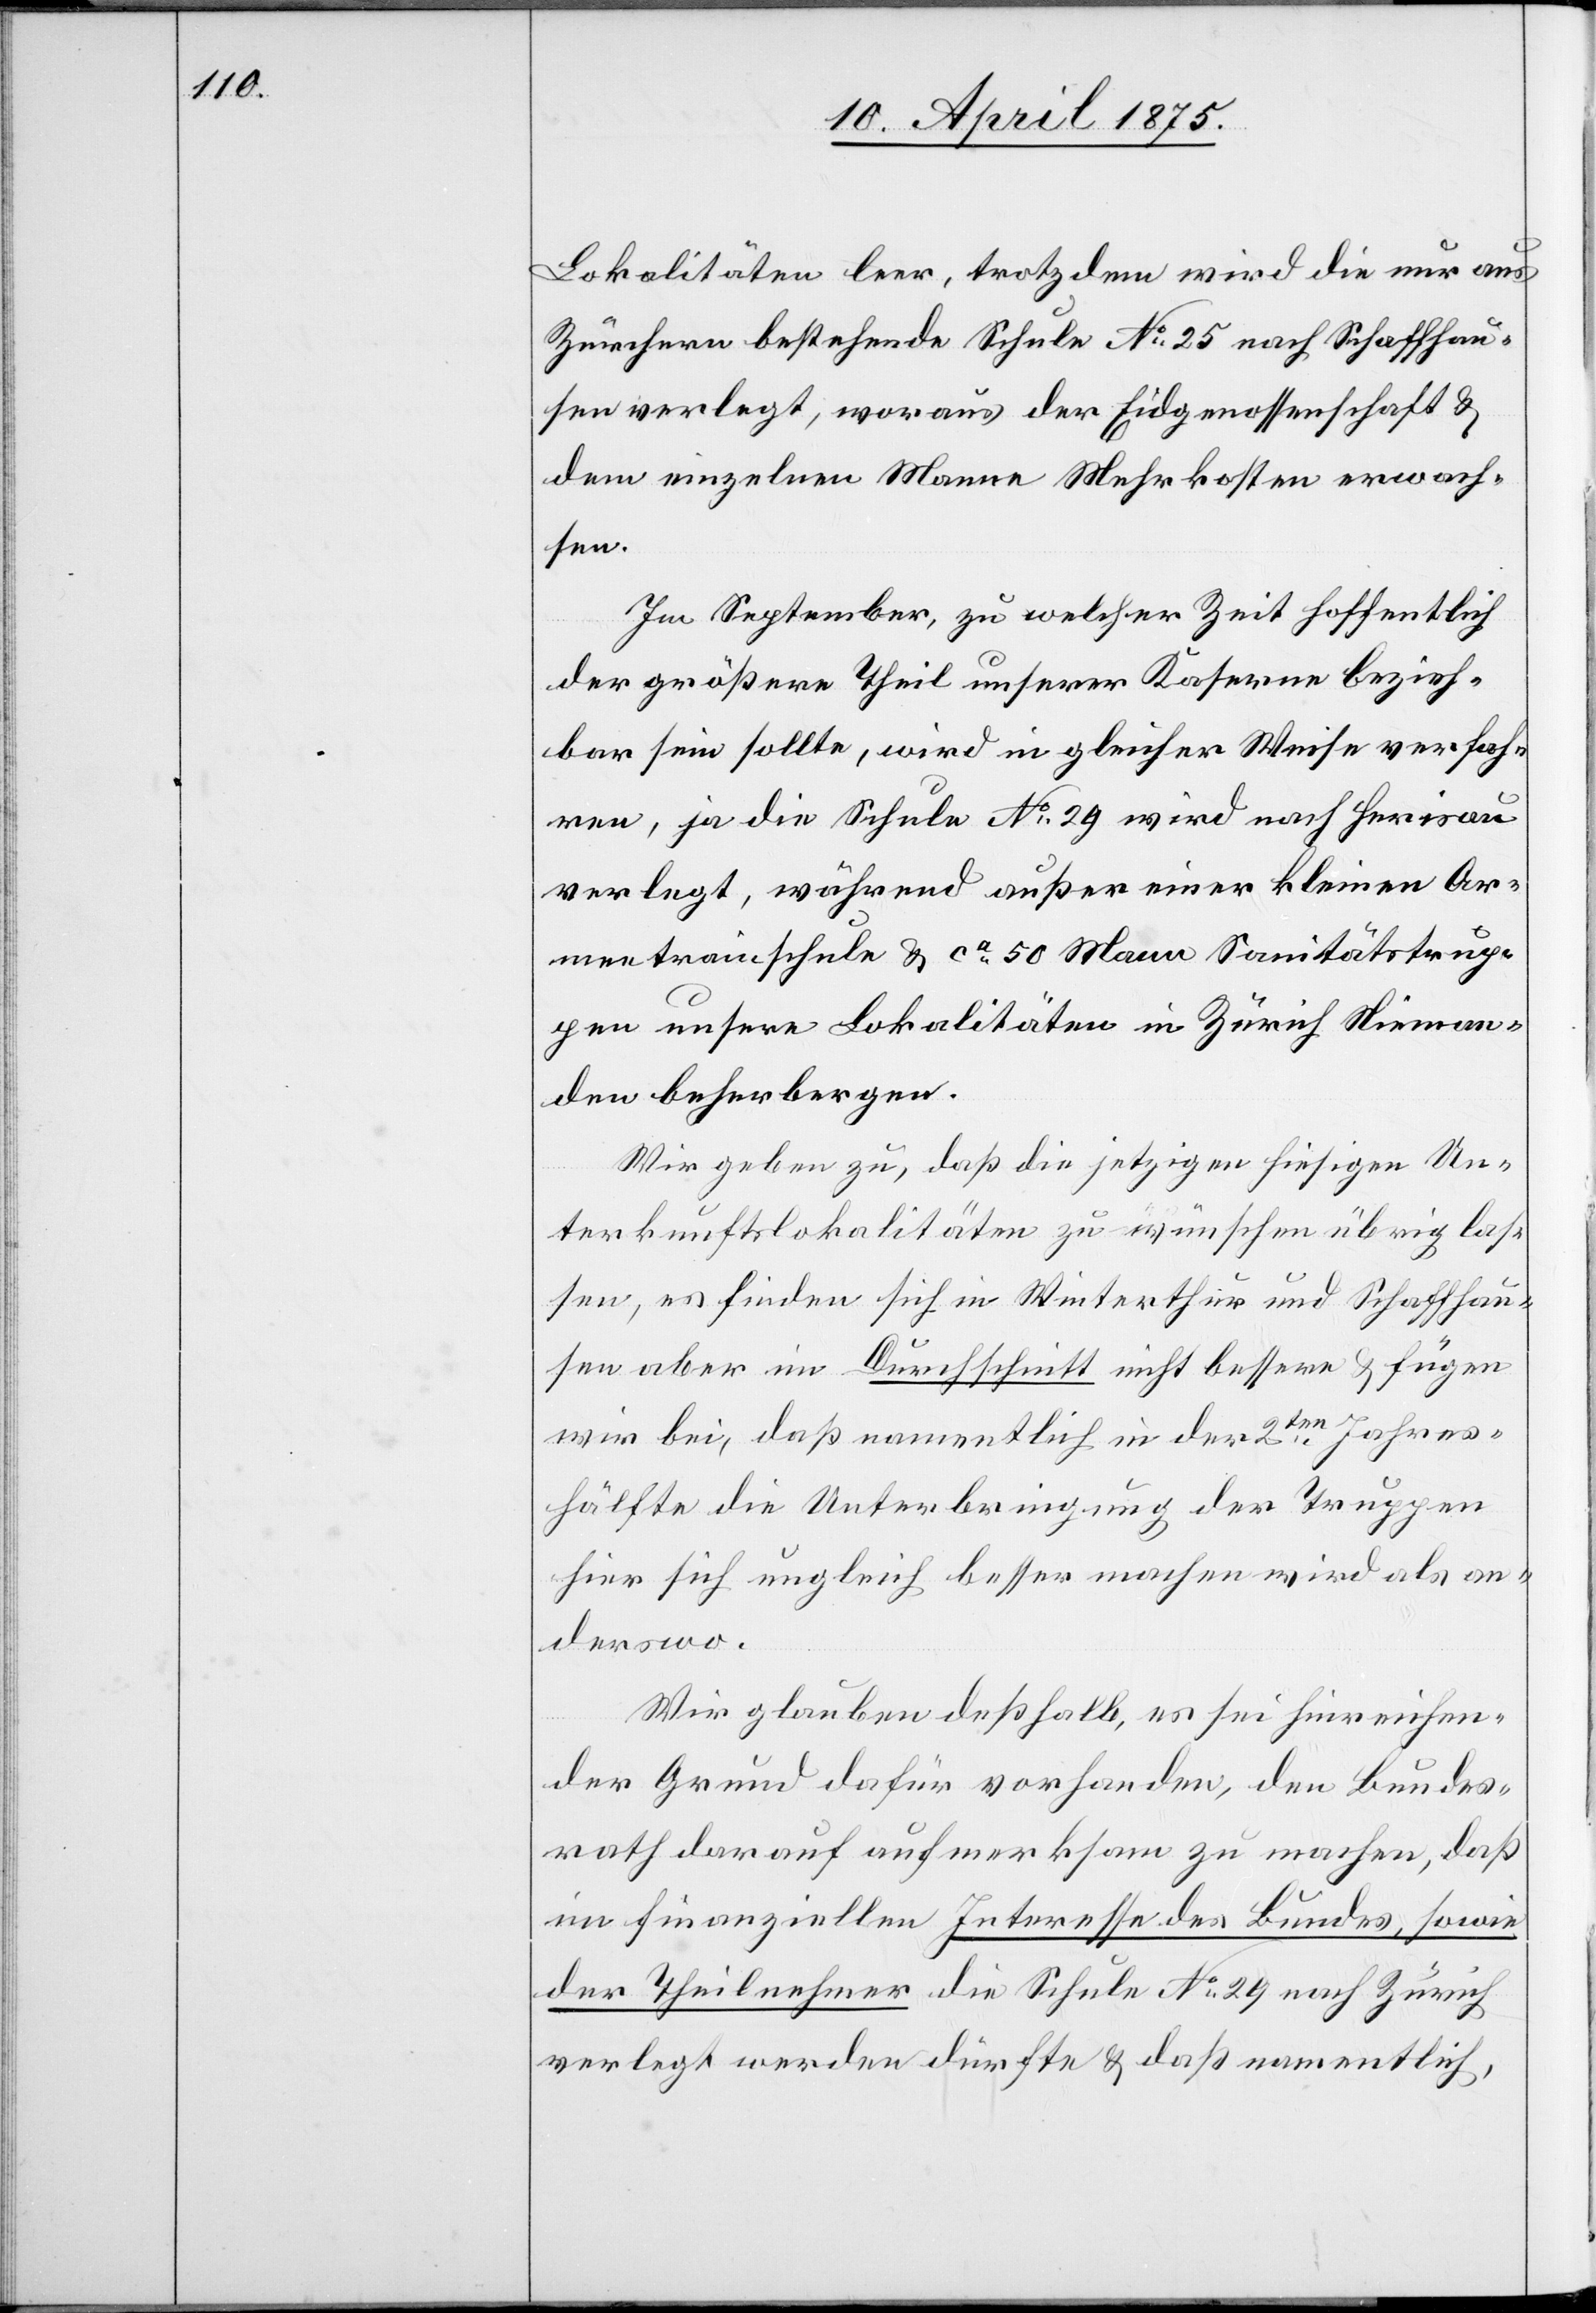
Lokalitäten leer, trotzdem wird die nur aus
Zürchern bestehende Schule No 25 nach Schaffhau¬
sen verlegt, woraus der Eidgenossenschaft &
dem einzelnen Manne Mehrkosten erwach¬
sen.
Im September, zu welcher Zeit hoffentlich
der größere Theil unserer Kaserne bezieh¬
bar sein sollte, wird in gleicher Weise verfah¬
ren, ja die Schule No 29 wird nach Herisau
verlegt, während außer einer kleinen Ar¬
meetrainschule & ca 50 Mann Sanitätstrup¬
pen unsere Lokalitäten in Zürich Nieman¬
den beherbergen.
Wir geben zu, daß die jetzige hiesige Un¬
terkunftslokalitäten zu wünschen übrig las¬
sen, es finden sich in Winterthur und Schaffhau¬
sen aber im Durchschnitt nicht bessere & fügen
wir bei, daß namentlich in der 2ten Jahres¬
hälfte die Unterbringung der Truppen
hier sich ungleich besser machen wird als an¬
derswo.
Wir glauben deßhalb, es sei hinreichen¬
der Grund dafür vorhanden, den Bundes¬
rath darauf aufmerksam zu machen, daß
im finanziellen Interesse des Bundes, sowie
der Theilnehmer die Schule No 29 nach Zürich
verlegt werden dürfte & daß namentlich,